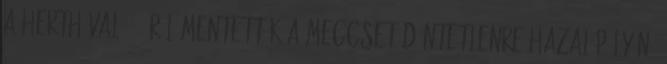
a Herthával 1-3-ról mentették a meccset döntetlenre hazai pályán.